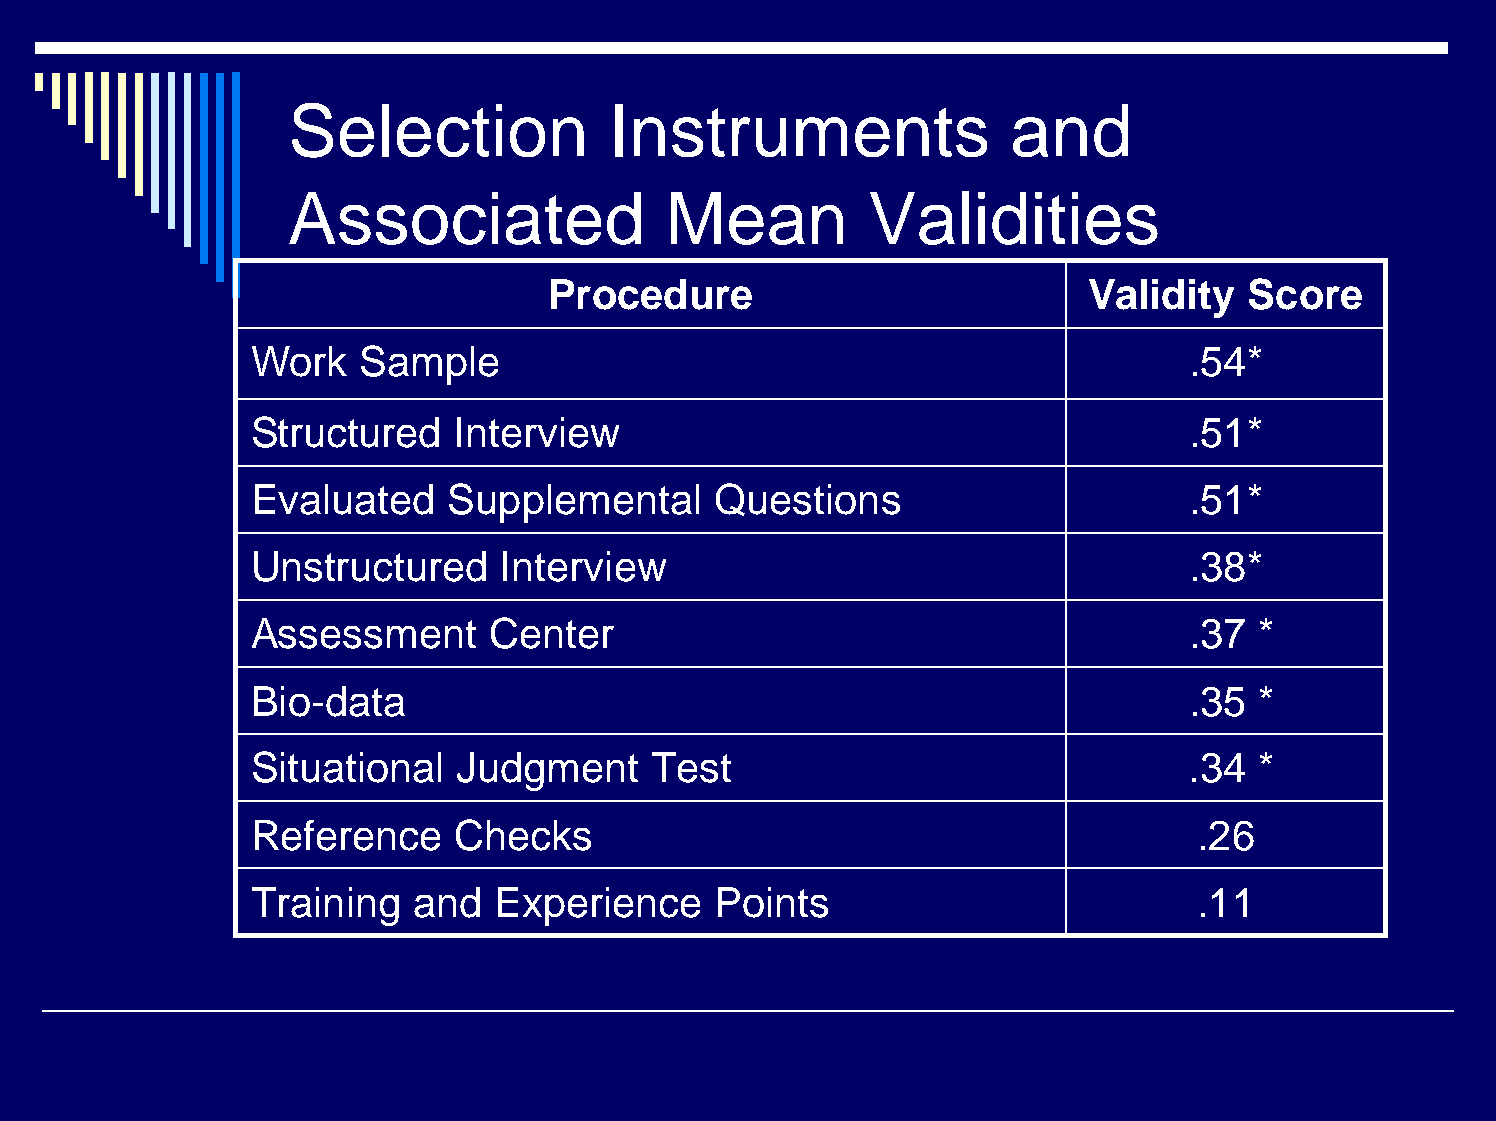
Selection            Instruments                and
 Associated               Mean          Validities
 Procedure                           Validity   Score
 Work   Sample                                                 .54*
 Structured   Interview                                        .51*
 Evaluated    Supplemental     Questions                       .51*
 Unstructured    Interview                                     .38*
 Assessment     Center                                         .37 *
 Bio-data                                                      .35 *
 Situational  Judgment     Test                                .34 *
 Reference    Checks                                           .26
 Training  and   Experience    Points                          .11